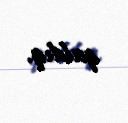
qaldıq.